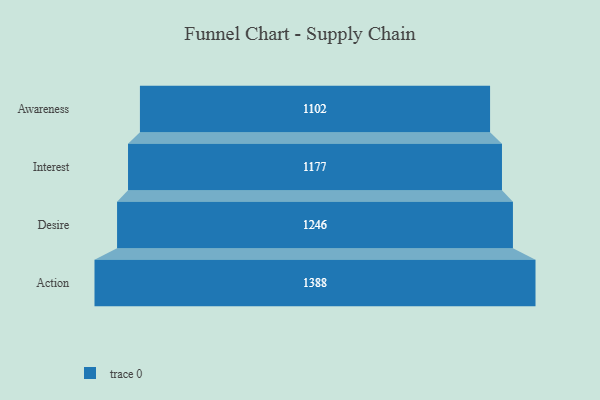
{"axis": {"x": "Stage", "y": "Value"}, "legend": [""], "data": [{"x": "Awareness", "y": 1102.0, "type": ""}, {"x": "Interest", "y": 1177.0, "type": ""}, {"x": "Desire", "y": 1246.0, "type": ""}, {"x": "Action", "y": 1388.0, "type": ""}]}